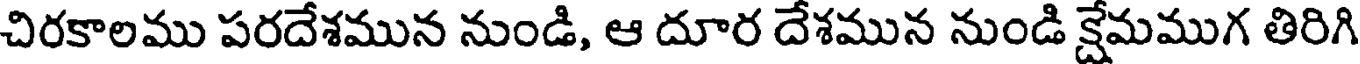
చిరకాలము పరదేశమున నుండి, ఆ దూర దేశమున నుండి క్షేమముగ తిరిగి